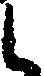
し